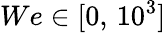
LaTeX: We\in[0,\, 10^{3}]